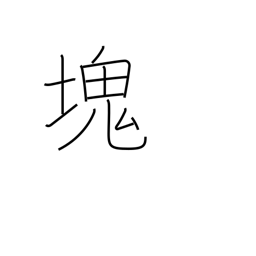
Meaning: clot